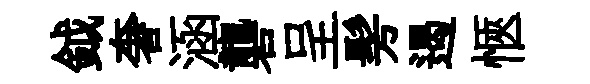
鉞奢涵礱呈髣遏愜